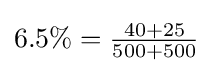
{\textstyle 6.5\%={\frac {40+25}{500+500}}}